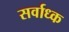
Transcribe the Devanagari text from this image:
सर्वाध्क